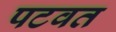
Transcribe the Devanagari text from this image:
पटवत